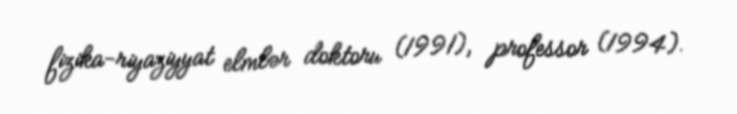
fizika-riyaziyyat elmlər doktoru (1991), professor (1994).